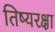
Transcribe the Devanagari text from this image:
तिष्यरक्षा